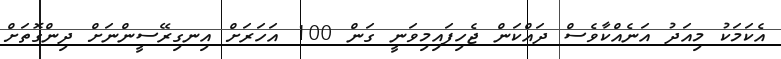
އެކަމަކު މިއަދު އަނެއްކާވެސް ދައްކަން ޖެހިފައިމިވަނީ ގަން 100 އަހަރަށް އިނގިރޭސީންނަށް ދިންގޮތަށް